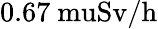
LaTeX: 0.67\mathrm{{\ mu}Sv/h}